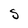
Character: S